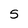
Character: 5